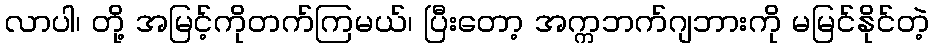
လာပါ၊ တို့ အမြင့်ကိုတက်ကြမယ်၊ ပြီးတော့ အက္ကဘက်ဂျဘားကို မမြင်နိုင်တဲ့